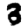
Digit: 3